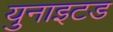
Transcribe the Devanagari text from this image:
युनाइटड